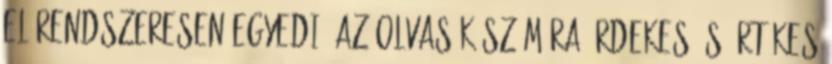
el rendszeresen egyedi, az olvasók számára érdekes és értékes